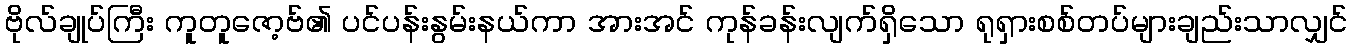
ဗိုလ်ချုပ်ကြီး ကူတူဇော့ဗ်၏ ပင်ပန်းနွမ်းနယ်ကာ အားအင် ကုန်ခန်းလျက်ရှိသော ရုရှားစစ်တပ်များချည်းသာလျှင်